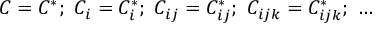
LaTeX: C = C ^ { \ast } ; \ C _ { i } = C _ { i } ^ { \ast } ; \ C _ { i j } = C _ { i j } ^ { \ast } ; \ C _ { i j k } = C _ { i j k } ^ { \ast } ; \ \ldots